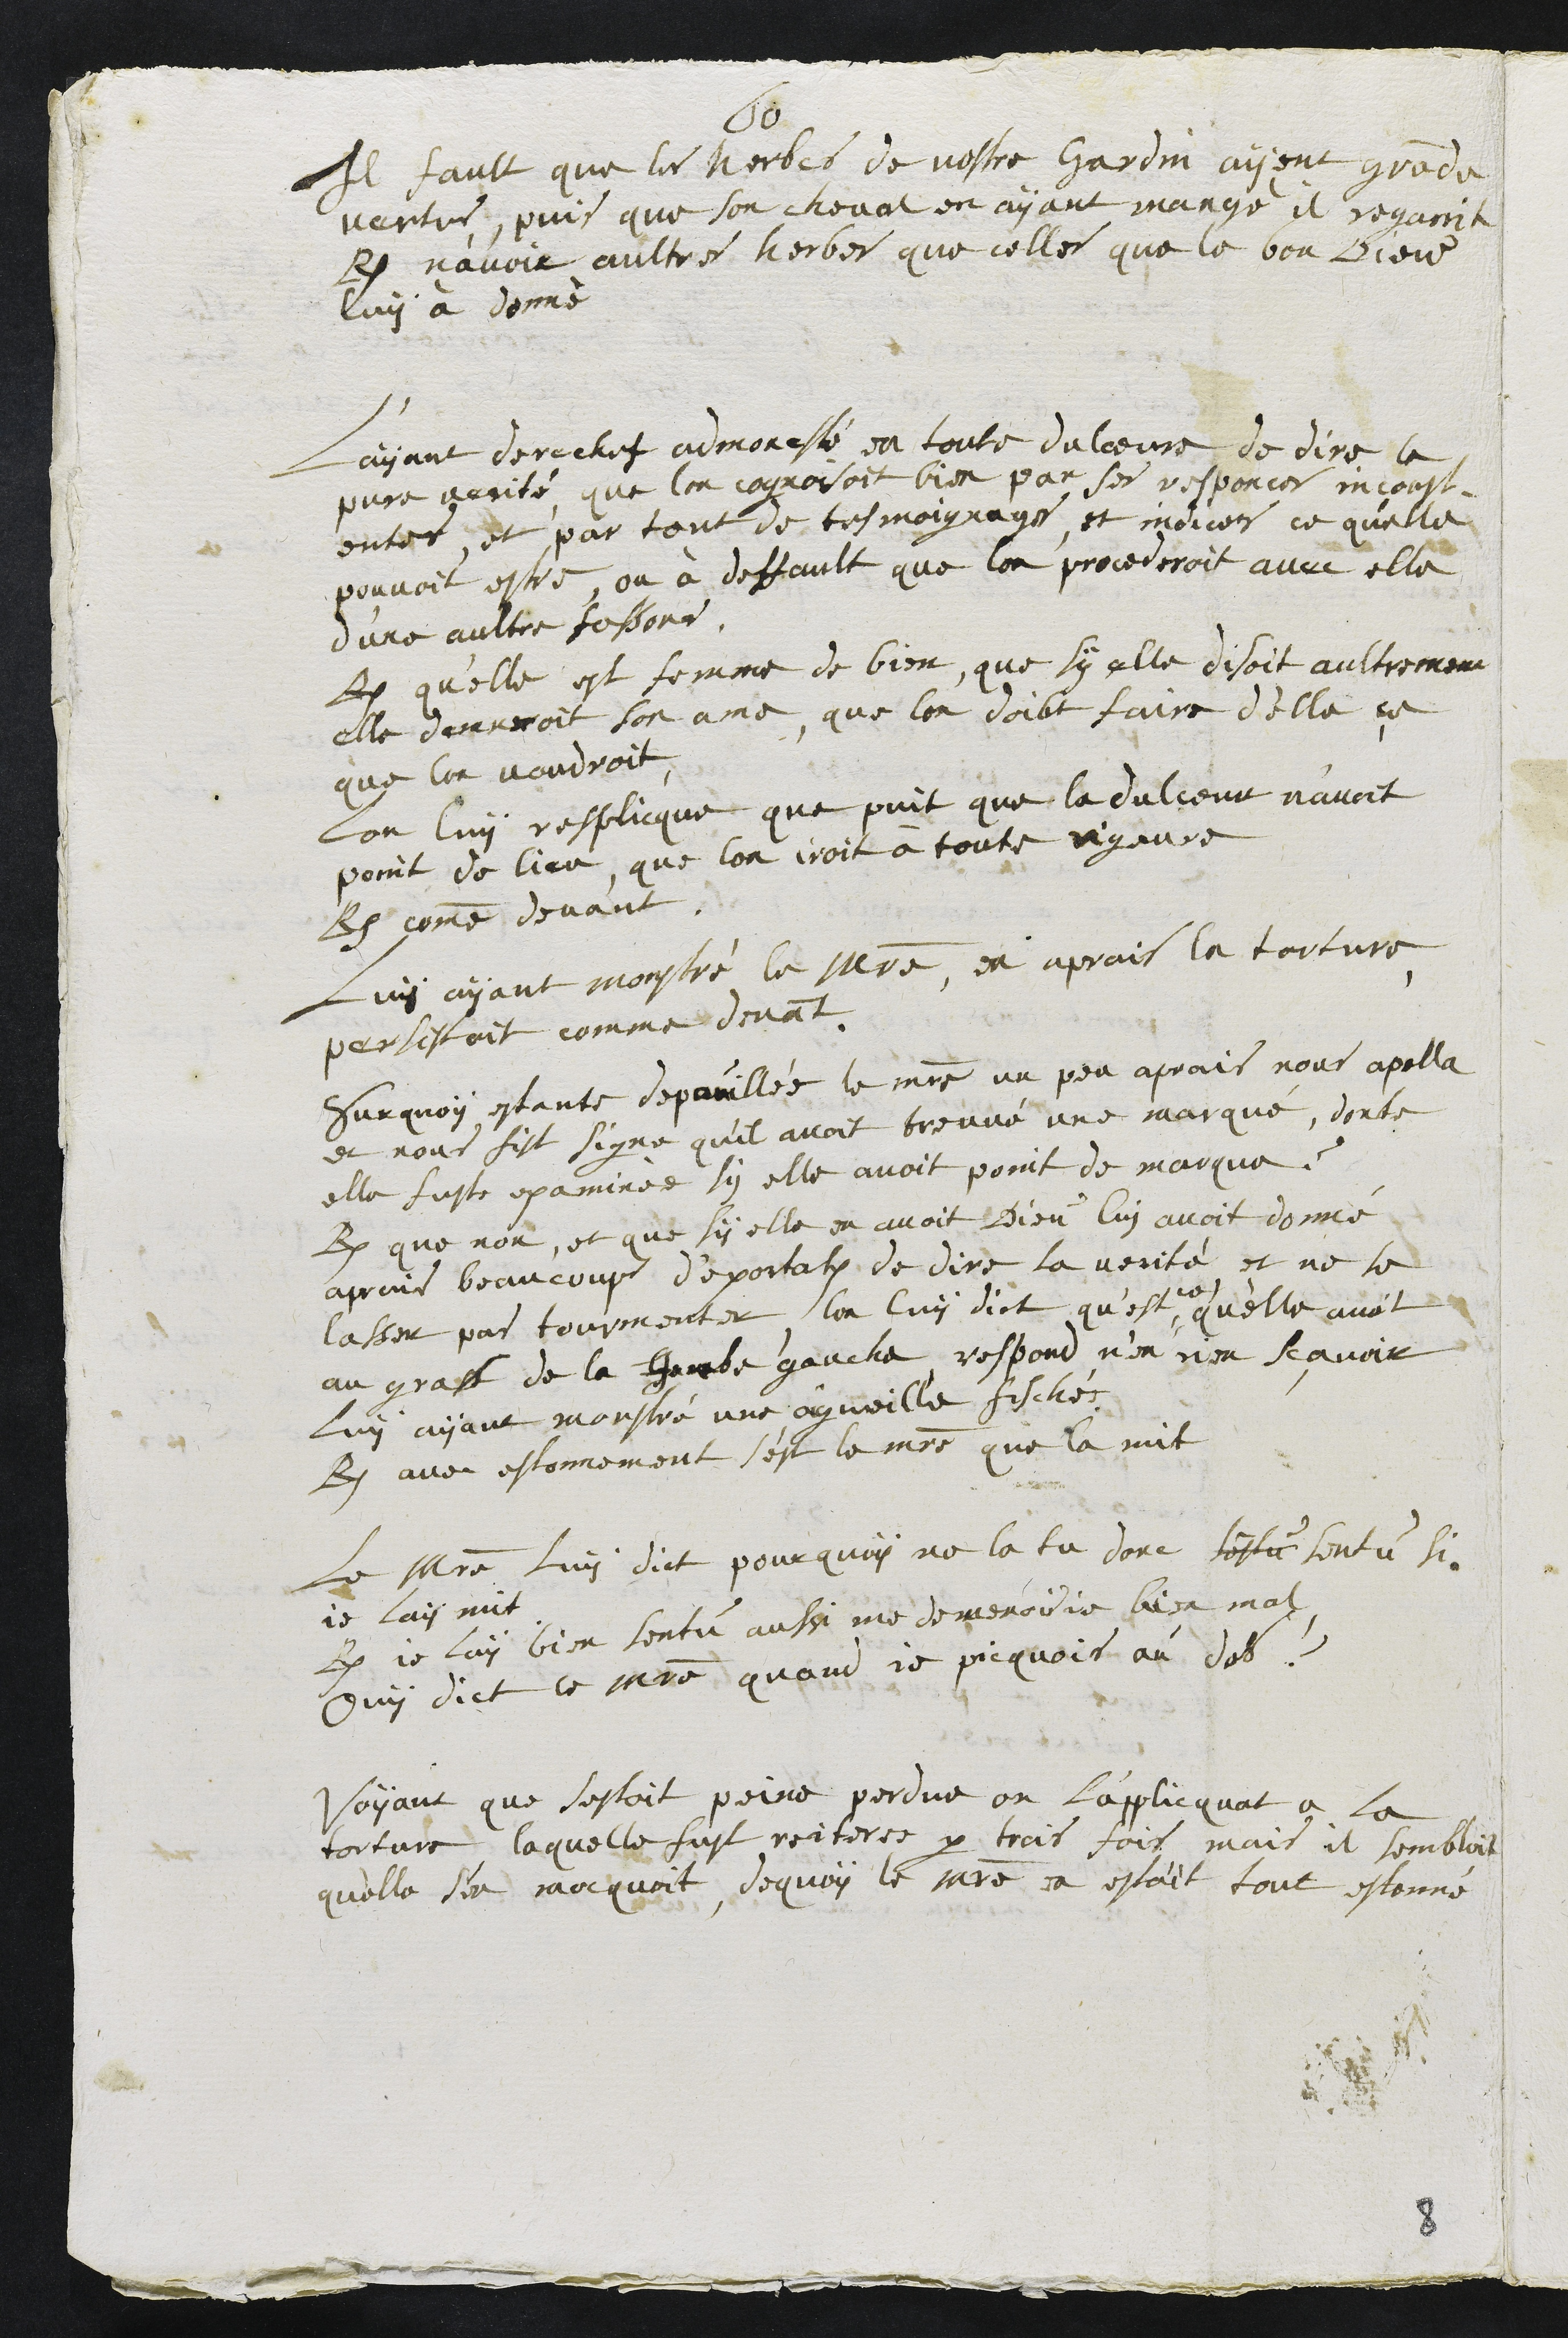
60
Il fault que les herbes de vostre Jardin ayent grande
vertus, puis que son cheval en ayant mangé il regarit
R. n'avoir aultres herbes que celles que le bon Dieu
luy à donné
L'ayant derechef admonesté en toute dolceure de dire la
pure verité que lon cognoisoit bien par ses responces inconst¬
entes, et par tant de tesmoignages et indices ce qu'elle
pouvoit estre, ou à deffault que lon procederoit avec elle
d'une aultre fassons.
R. qu'elle est femme de bien, que sy elle disoit aultrement
elle daneroit son ame, que lon doibt faire d'elle ce
que lon voudroit
Lon luy resplicque que puit que la dulceur n'avoit
point de lieu, que lon iroit à toute rigeure
R. comme devant.
Luy ayant monstré le Maistre, en aprais la torture,
persistoit comme devant.
Surquoy estante depouillée le maitre un peu aprais nous apella
et nous fist signe quil avoit treuvé une marqué, donte
elle fust examinée, sy elle avoit point de marque ?
R. que non, et que sy elle en avoit Dieu luy avoit donné
aprais beaucoup d'exortations de dire la verité, et ne se
lasser pas tourmenter, lon luy dict quest ce quelle avoit
au gras de la Jambe gauche respond n'en rien scavoir
luy ayant monstré une aigueille fischés
R. avec estonnement s'est le maistre que la mit
Le Maitre luy dict pourquoy ne la tu donc sestu sentu si
je lais mit
R. je lay bien sentu aussi me demenois je bien mal
Ouy dict le maitre quant je picquois au dos ?
Voyant que sestoit peine perdue on l'applicquat a la
torture laquelle fust reiteree par trois fois mais il sembloit
quelle s'en mocquoit, de quoy le maitre en estoit tout estonné
8